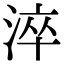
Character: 淬